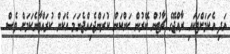
އަދި އެކަމަށްޓަކައި ރާއްޖޭގެ ޗާޓުން ބޭރުން ކަންކަން ކުރަންޖެހިއްޖެނަމަ އެކަން ކުރައްވާނެކަމަށް ވެސް